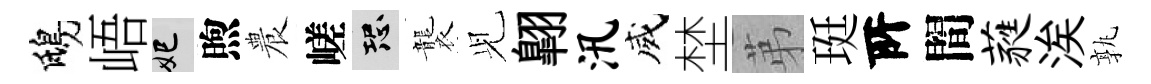
鴟峿妃煦農嵯恐襲𫤗翺汛威埜苐珽𠩄間蕤涘孰